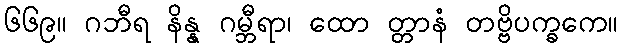
၆၆၉။ ဂဘီရ နိန္န ဂမ္ဘီရာ၊ ထော တ္တာနံ တဗ္ဗိပက္ခကေ။